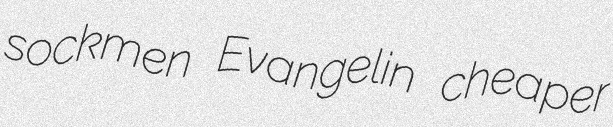
sockmen Evangelin cheaper